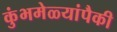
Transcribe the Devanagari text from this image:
कुंभमेळ्यांपैकी